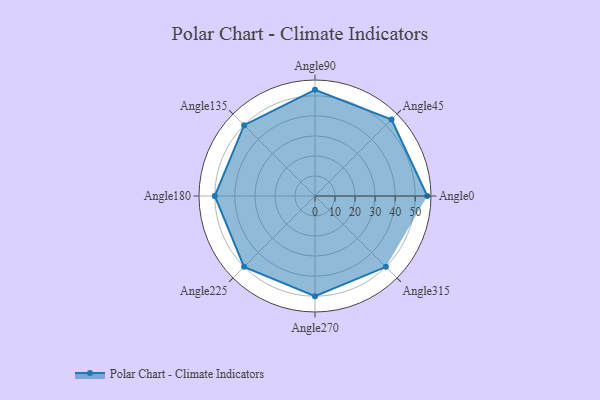
{"axis": {"x": "Angle", "y": "Radius"}, "legend": [""], "data": [{"x": "Angle0", "y": 56.0, "type": ""}, {"x": "Angle45", "y": 54.0, "type": ""}, {"x": "Angle90", "y": 53.0, "type": ""}, {"x": "Angle135", "y": 50, "type": ""}, {"x": "Angle180", "y": 50, "type": ""}, {"x": "Angle225", "y": 50, "type": ""}, {"x": "Angle270", "y": 50, "type": ""}, {"x": "Angle315", "y": 50, "type": ""}]}